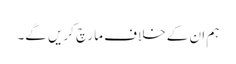
ہم ان کے خلاف مارچ کریں گے۔